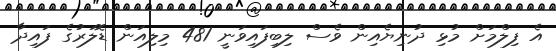
އެ ފިލްމަށް މުޅި ދުނިޔެއިން ވެސް ލިބިފައިވަނީ 481 މިލިއަން ޑޮލަރުގެ ފައިދާ